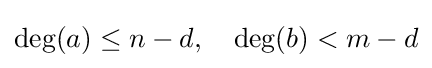
\deg(a)\leq n-d,\quad \deg(b)<m-d